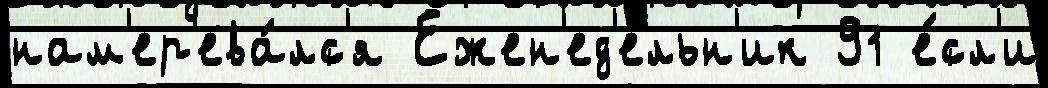
нам'ер'ева́лс'я Ежен'ед'е́льн'ик 91 е́сл'и